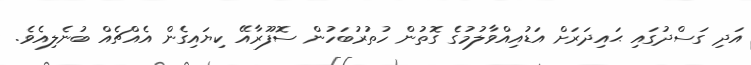
އަދި ގަސްދުގައި ޙައިދަރަށް އަޑުއިއްވާލުމުގެ ގޮތުން ހުތުރުބަހުން ސޮފޫރާއޭ ކިޔައިގެން އެއްޗެއް ބުނެލިއެވެ.